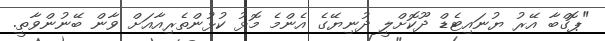
"ޕޮގްބާ އޭރު ޔުނައިޓެޑް ދޫކޮށްލީ ދުނިޔޭގެ އެންމެ މޮޅު ކުޅުންތެރިއާއަށް ވާން ބޭނުންވާތީ.